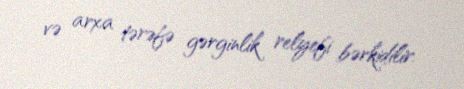
və arxa tərəfə gərginlik relyefi bərkidilir.